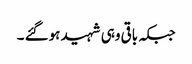
جبکہ باقی وہی شہید ہوگئے ۔